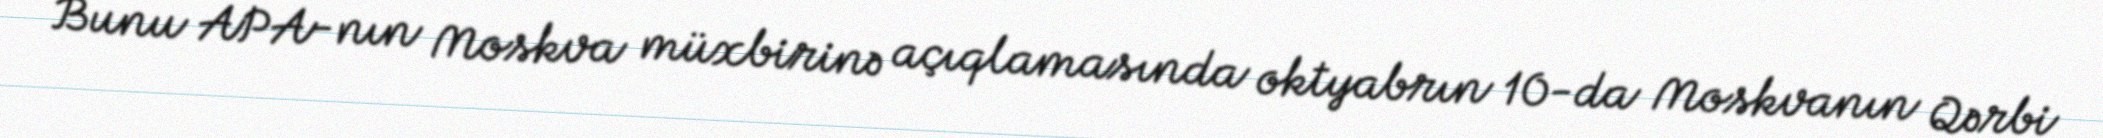
Bunu APA-nın Moskva müxbirinə açıqlamasında oktyabrın 10-da Moskvanın Qərbi